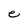
Character: e